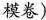
模卷)